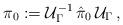
LaTeX: \begin{align*}\pi_0:=\mathcal{U}_\Gamma^{-1}\, \hat{\pi}_0\, \mathcal{U}_\Gamma\,,\end{align*}